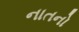
નાતનો